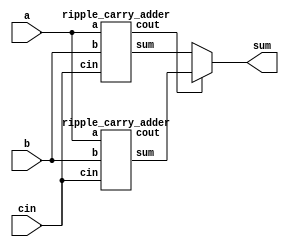
module carry_sel(
  input [3:0] a,
  input [3:0] b,
  input cin,
  output [4:0] sum
);

  wire [4:0] sum0, sum1;
  wire c0, c1;

  ripple_carry_adder rca0(a, b, cin, sum0, c0);
  ripple_carry_adder rca1(a, b, cin, sum1, c1);

  assign sum = (c0 == 1'b0) ? sum0 : sum1;

endmodule


module ripple_carry_adder (
  input [3:0] a,
  input [3:0] b,
  input cin,
  output [4:0] sum,
  output cout
);

  wire [4:0] carry;

  gen_sum_carry gsc0(a[0], b[0], cin, sum[0], carry[0]);
  gen_sum_carry gsc1(a[1], b[1], carry[0], sum[1], carry[1]);
  gen_sum_carry gsc2(a[2], b[2], carry[1], sum[2], carry[2]);
  gen_sum_carry gsc3(a[3], b[3], carry[2], sum[3], carry[3]);

  assign cout = carry[3];

endmodule

module gen_sum_carry (
  input a,
  input b,
  input cin,
  output sum,
  output carry
);
  assign sum = a ^ b ^ cin;
  assign carry = (a & b) | (a & cin) | (b & cin);

endmodule